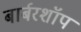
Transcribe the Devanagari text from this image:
बार्बरशॉप